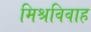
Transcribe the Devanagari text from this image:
मिश्रविवाह